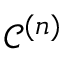
{ \mathcal { C } } ^ { ( n ) }